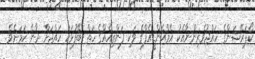
ކޯޕަރޭޝަންގެ ހައްޖުވެރިންނާއެކު އެމްއެންޑީއެފްގެ ވަކި ފަންތިއެއްގެ ހަތް ބޭފުޅަކު ހައްޖަށް ދާނެ ކަމަށެވެ.